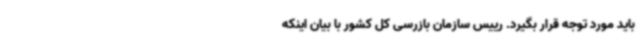
باید مورد توجه قرار بگیرد. رییس سازمان بازرسی کل کشور با بیان اینکه